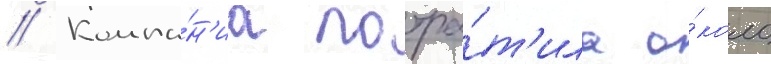
// Компа́н'иа потра́т'ила о́коло